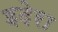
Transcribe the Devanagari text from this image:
इदेरा